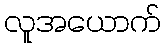
လူအယောက်